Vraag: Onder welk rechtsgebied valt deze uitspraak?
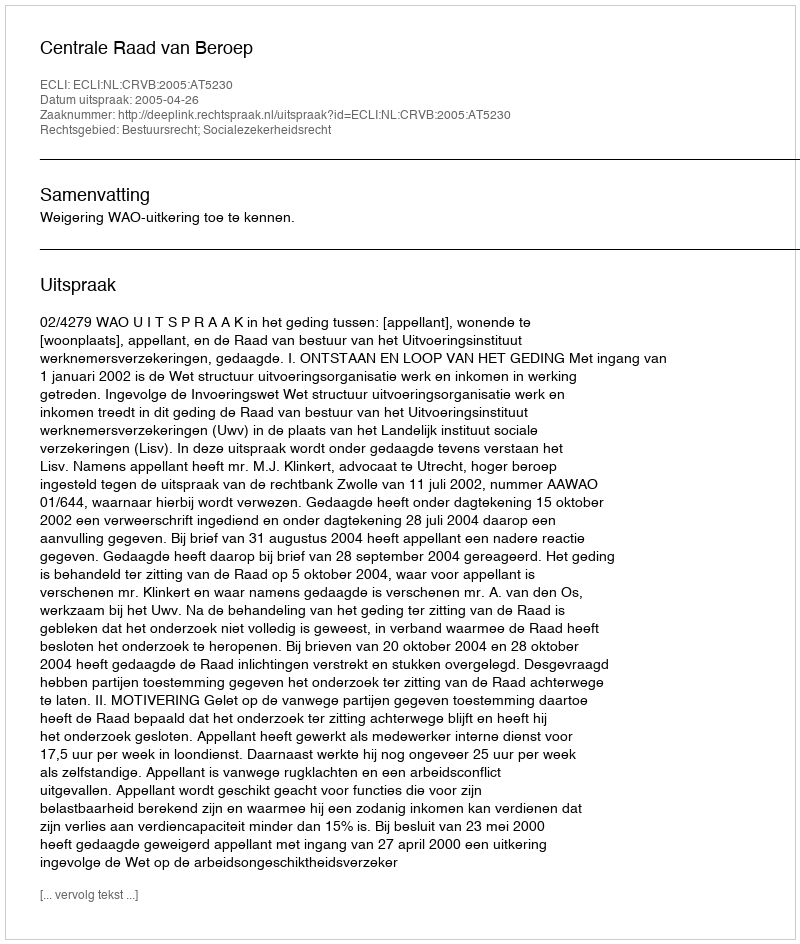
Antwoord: Bestuursrecht; Socialezekerheidsrecht